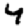
Digit: 4